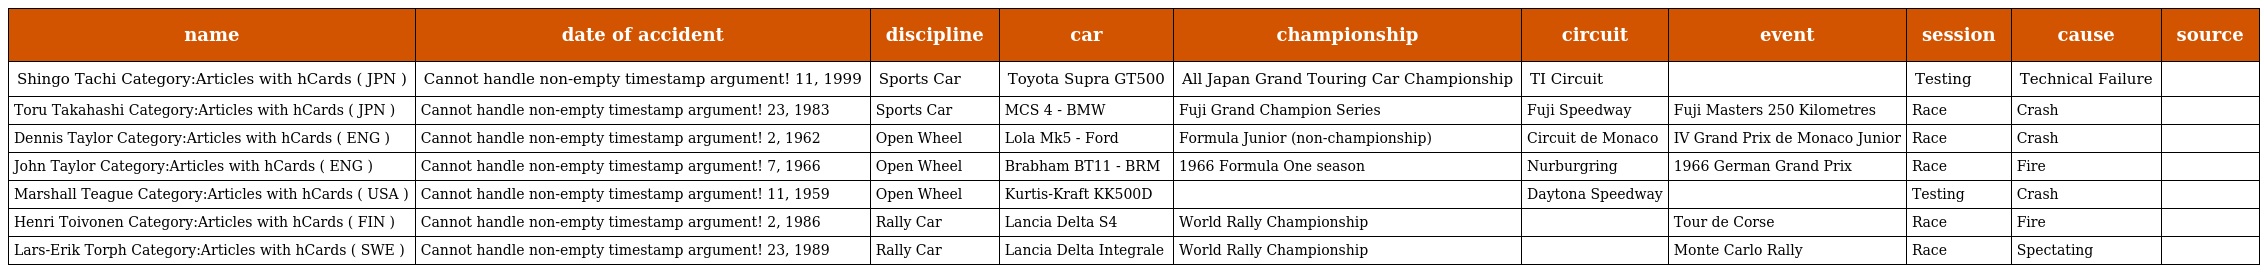
| name | date of accident | discipline | car | championship | circuit | event | session | cause | source |
 | --- | --- | --- | --- | --- | --- | --- | --- | --- | --- |
 | Shingo Tachi Category:Articles with hCards ( JPN ) | Cannot handle non-empty timestamp argument! 11, 1999 | Sports Car | Toyota Supra GT500 | All Japan Grand Touring Car Championship | TI Circuit |  | Testing | Technical Failure |  |
 | Toru Takahashi Category:Articles with hCards ( JPN ) | Cannot handle non-empty timestamp argument! 23, 1983 | Sports Car | MCS 4 - BMW | Fuji Grand Champion Series | Fuji Speedway | Fuji Masters 250 Kilometres | Race | Crash |  |
 | Dennis Taylor Category:Articles with hCards ( ENG ) | Cannot handle non-empty timestamp argument! 2, 1962 | Open Wheel | Lola Mk5 - Ford | Formula Junior (non-championship) | Circuit de Monaco | IV Grand Prix de Monaco Junior | Race | Crash |  |
 | John Taylor Category:Articles with hCards ( ENG ) | Cannot handle non-empty timestamp argument! 7, 1966 | Open Wheel | Brabham BT11 - BRM | 1966 Formula One season | Nurburgring | 1966 German Grand Prix | Race | Fire |  |
 | Marshall Teague Category:Articles with hCards ( USA ) | Cannot handle non-empty timestamp argument! 11, 1959 | Open Wheel | Kurtis-Kraft KK500D |  | Daytona Speedway |  | Testing | Crash |  |
 | Henri Toivonen Category:Articles with hCards ( FIN ) | Cannot handle non-empty timestamp argument! 2, 1986 | Rally Car | Lancia Delta S4 | World Rally Championship |  | Tour de Corse | Race | Fire |  |
 | Lars-Erik Torph Category:Articles with hCards ( SWE ) | Cannot handle non-empty timestamp argument! 23, 1989 | Rally Car | Lancia Delta Integrale | World Rally Championship |  | Monte Carlo Rally | Race | Spectating |  |